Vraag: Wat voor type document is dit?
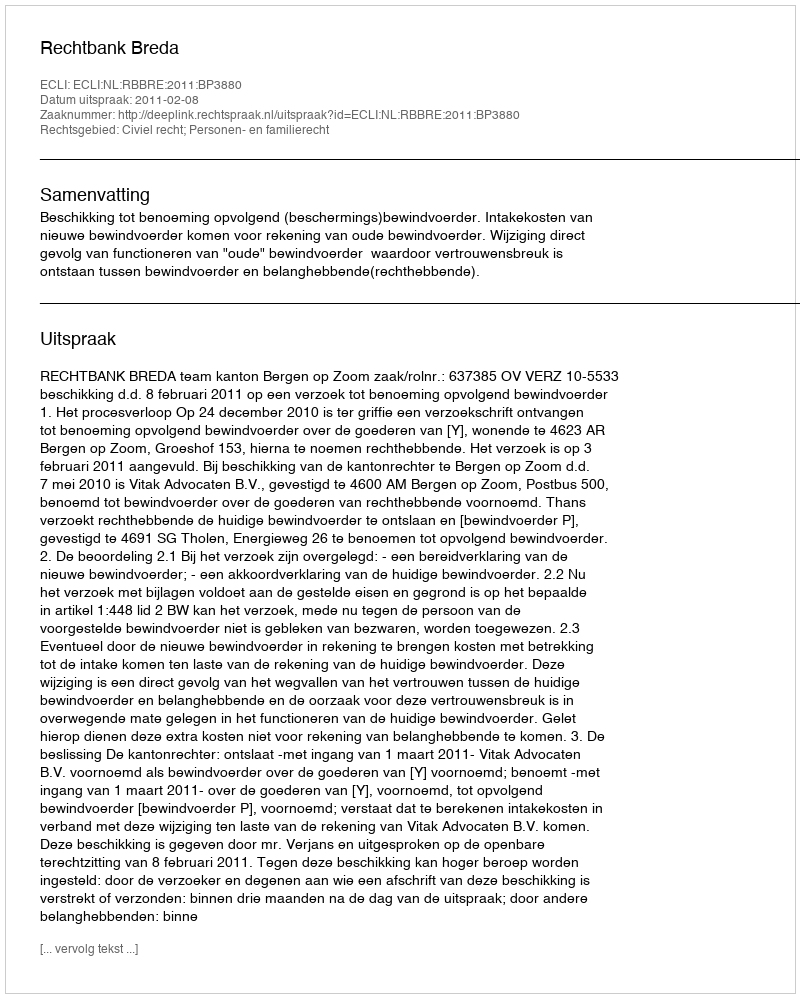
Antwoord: Uitspraak